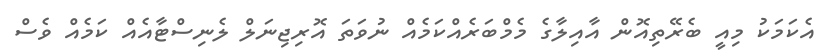
އެކަމަކު މިއީ ބެރޭތިއޮން އާއިލާގެ މެމްބަރެއްކަމެއް ނުވަތަ އޮރިޖިނަލް ލެނިސްޓާއެއް ކަމެއް ވެސް